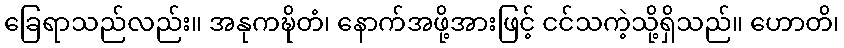
ခြေရာသည်လည်း။ အနုကဍ္ဎိတံ၊ နောက်အဖို့အားဖြင့် ငင်သကဲ့သို့ရှိသည်။ ဟောတိ၊